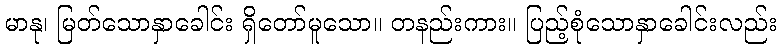
မာနု၊ မြတ်သောနှာခေါင်း ရှိတော်မူသော။ တနည်းကား။ ပြည့်စုံသောနှာခေါင်းလည်း